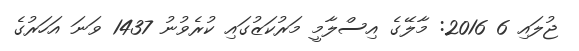
ޖުލައި 6 2016: މާލޭގެ އިސްލާމީ މަރުކަޒުގައި ކުރެވުނު 1437 ވަނަ އަހަރުގެ